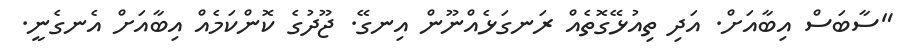
"ސާބަސް އިބާއަށް. އަދި ތިއުޅޭގޮތެއް ރަނގަޅެއްނޫން އިނގޭ. ޖޫދުގެ ކޮންކަމެއް އިބާއަށް އެނގެނީ.